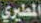
المطيري